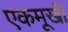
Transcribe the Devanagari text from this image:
एकमूखी